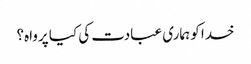
خدا کو ہماری عبادت کی کیا پرواہ؟